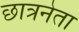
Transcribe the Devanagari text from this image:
छात्रनेता